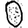
Digit: 0